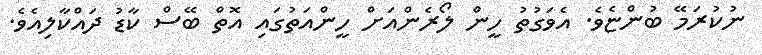
ނުކުރަމޭ ބުންޏެވެ. އެވަގުތު ހީން ލޯރެންއަށް ހީންއަތުގައި އޮތް ބޭސް ކާޑު ދައްކާލިއެވެ.